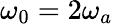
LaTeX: \omega_{0}=2\omega_{a}